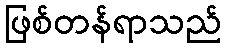
ဖြစ်တန်ရာသည်